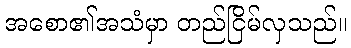
အစော၏အသံမှာ တည်ငြိမ်လှသည်။